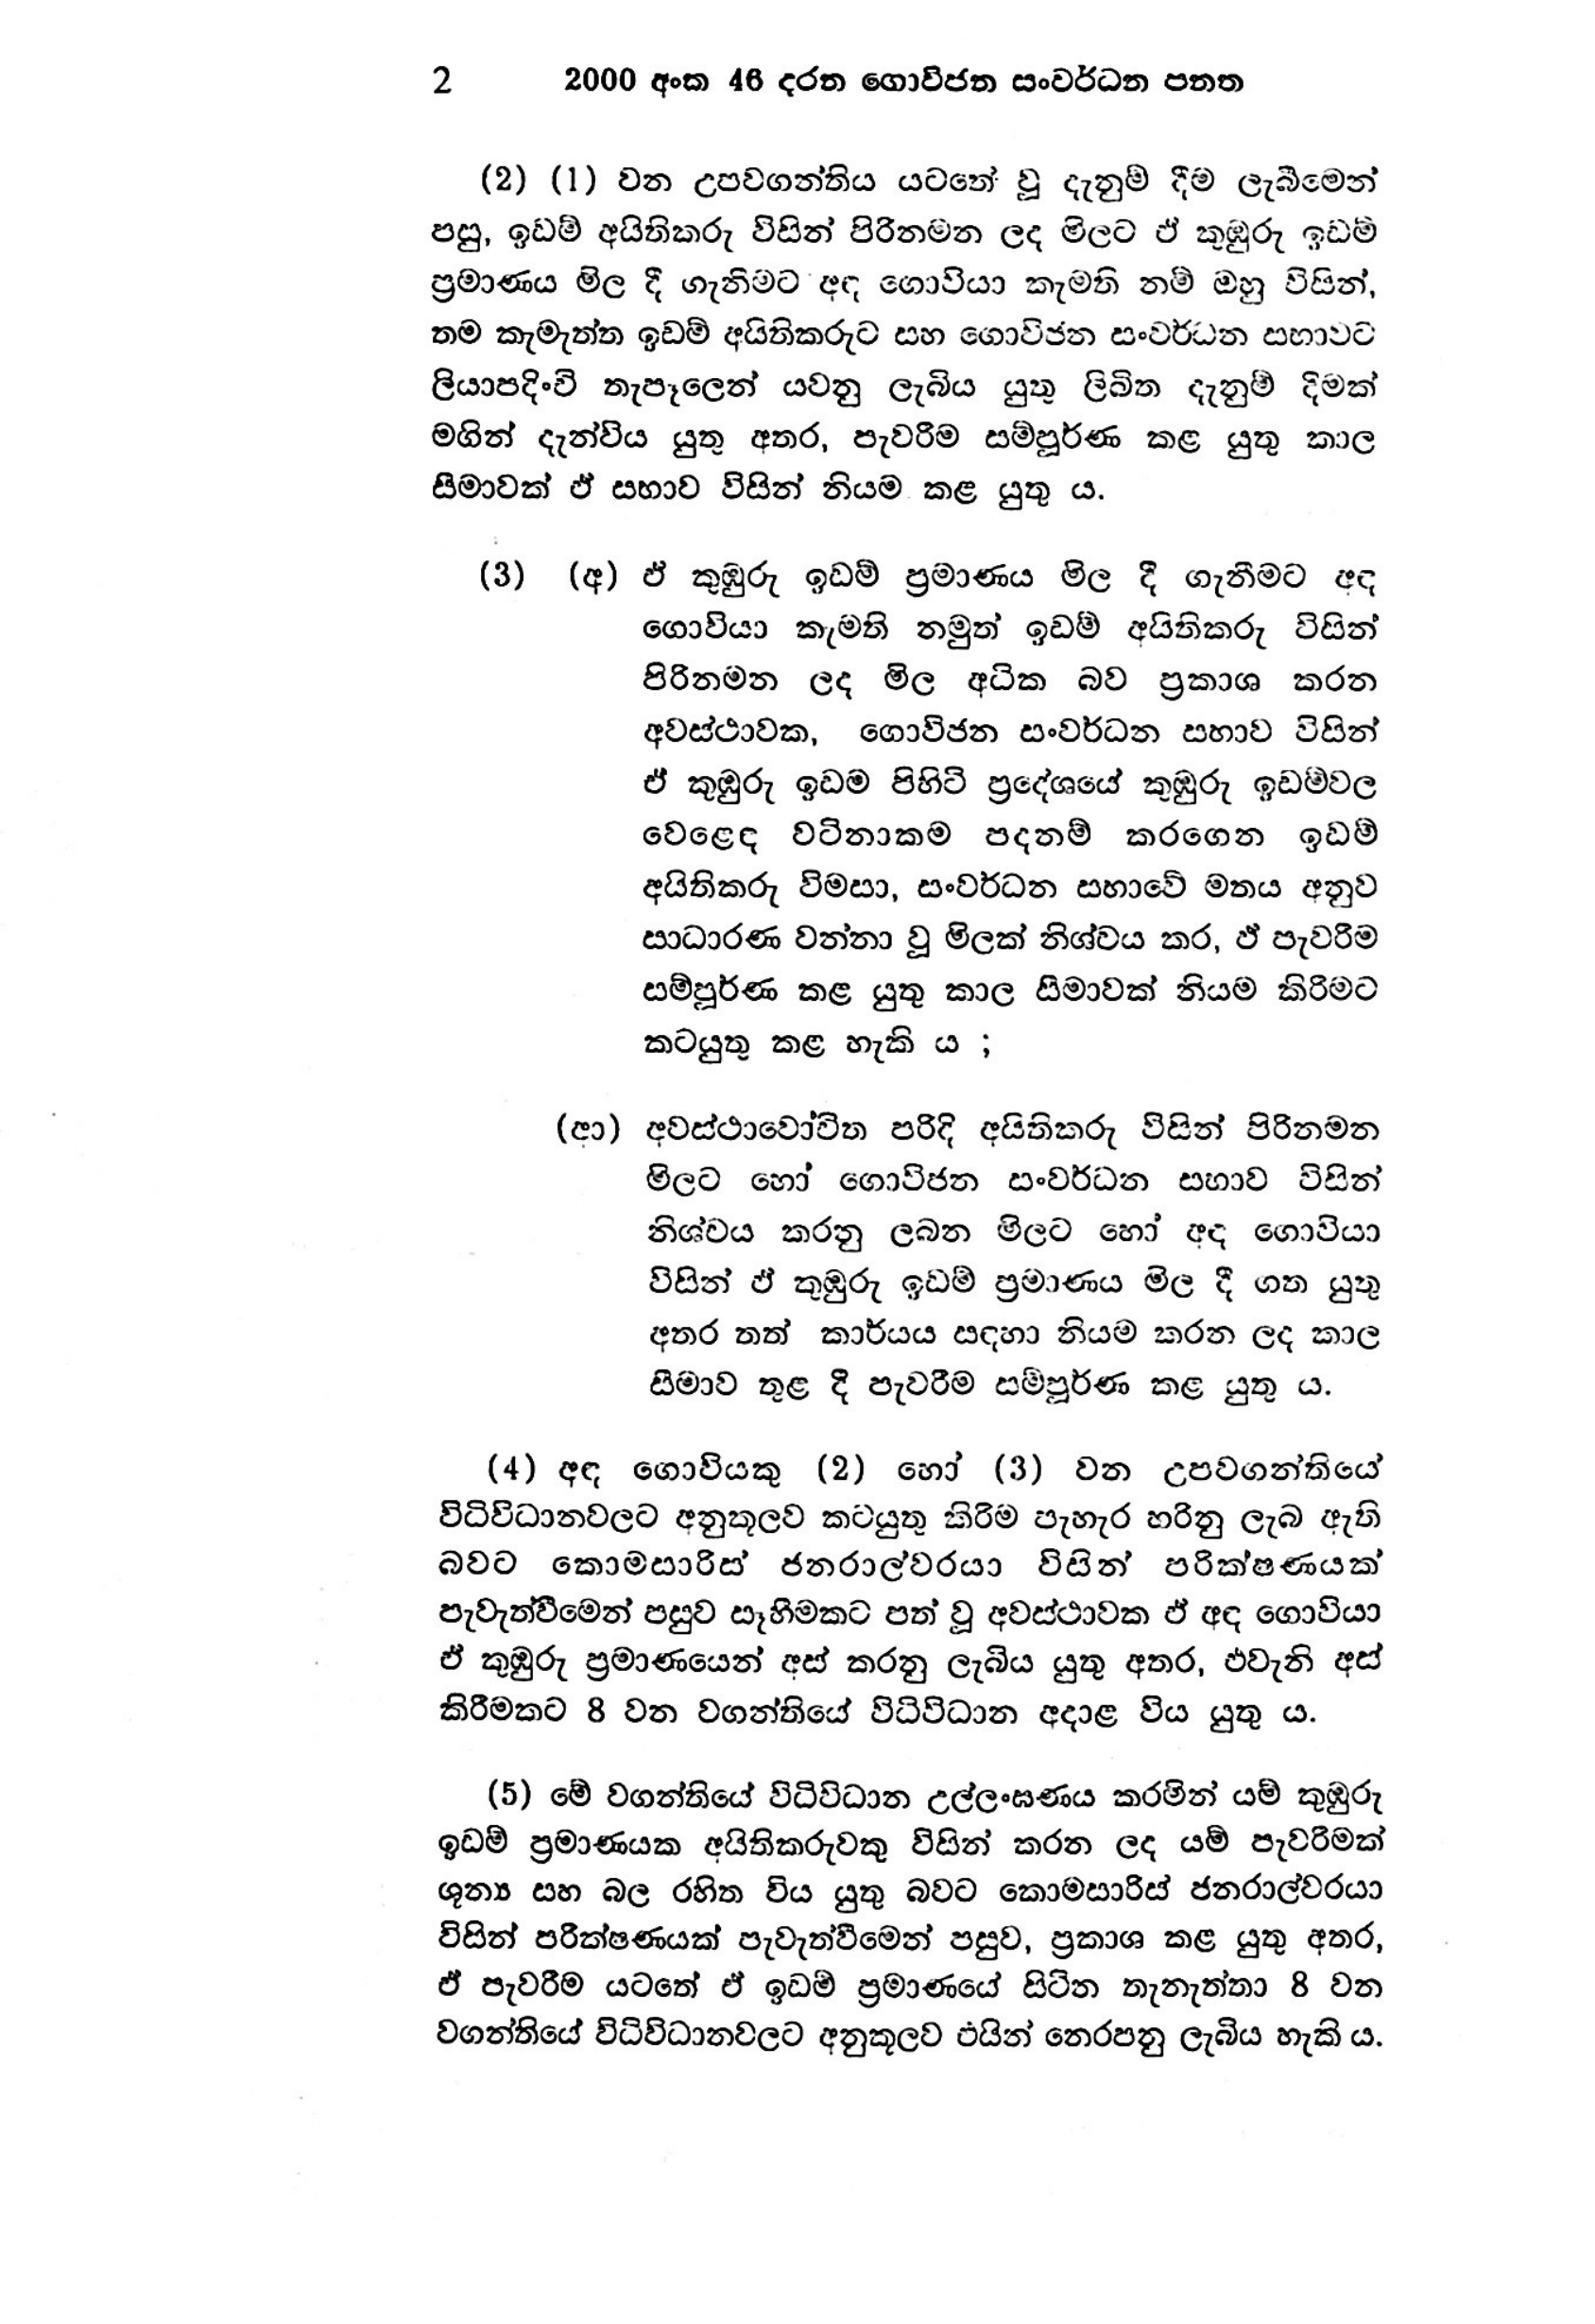
2 2000 අංක 46 දරන ගොවිජන සංවර්ධන පනත

(2) (1) වන උපවගන්තිය යටතේ වූ දැනුම් දීම ලැබීමෙන්
පසු, ඉඩම් අයිතිකරු විසින් පිරිනමන ලද මිලට ඒ කුඹුරු ඉඩම්
ප්‍රමාණය මිල දී ගැනිමට අඳ ගොවියා කැමති නම් ඔහු විසින්,
තම කැමැත්ත ඉඩම් අයිතිකරුට සහ ගොවිජන සංවර්ධන සභාවට
ලියාපදිංචි තැපෑලෙන් යවනු ලැබිය යුතු ලිඛිත දැනුම් දීමක්
මගින් දැන්විය යුතු අතර, පැවරීම සම්පූර්ණ කළ යුතු කාල
සීමාවක් ඒ සභාව විසින් නියම කළ යුතු ය.

(3) (අ) ඵ් කුඹුරු ඉඩම් ප්‍රමාණය මිල දී ගැනීමට අඳ
ගොවියා කැමති නමුත් ඉඩම් අයිතිකරු විසින්
පිරිනමන ලද මිල අධික බව ප්‍රකාශ කරන
අවස්ථාවක, ගොවිජන සංවර්ධන සභාව විසින්
ඒ කුඹුරු ඉඩම පිහිටි ප්‍රදේශයේ කුඹුරු ඉඩම්වල
වෙළෙඳ වටිනාකම පදනම් කරගෙන ඉඩම්
අයිතිකරු විමසා, සංවර්ධන සභාවේ මතය අනුව
සාධාරණ වන්නා වූ මිලක් නිශ්චය කර, ඵ් පැවරීම
සම්පූර්ණ කළ යුතු කාල සීමාවක් නියම කිරිමට
කටයුතු කළ හැකි ය ;

(ආ) අවස්ථාවෝචිත පරිදි අයිතිකරු විසින් පිරිනමන
මිලට හෝ ගොවිජන සංවර්ධන සභාව විසින්
නිශ්චය කරනු ලබන මිලට හෝ අඳ ගොවියා
විසින් ඒ කුඹුරු ඉඩම් ප්‍රමාණය මිල දී ගත යුතු
අතර තත් කාර්යය සඳහා නියම කරන ලද කාල
සීමාව තුළ දී පැවරීම සම්පූර්ණ කළ යුතුය.

(4) අඳ ගොවියකු (2) හෝ (3) වන උපවගන්තියේ
විධිවිධානවලට අනුකූලව කටයුතු කිරීම පැහැර හරිනු ලැබ ඇති
බවට කොමසාරිස් ජනරාල්වරයා විසින් පරික්ෂණයක්
පැවැත්වීමෙන් පසුව සෑහිමකට පත් වූ අවස්ථාවක ඵ් අඳ ගොවියා
ඒ කුඹුරු ප්‍රමාණයෙන් අස් කරනු ලැබිය යුතු අතර, එවැනි අස්
කිරීමකට 8 වන වගන්තියේ විධිවිධාන අදාළ විය යුතු ය.

(5) මේ වගන්තියේ විධිවිධාන උල්ලංඝණය කරමින් යම් කුඹුරු
ඉඩම් ප්‍රමාණයක අයිතිකරුවකු විසින් කරන ලද යම් පැවරීමක්
ශුන්‍ය සහ බල රහිත විය යුතු බවට කොමසාරිස් ජනරාල්වරයා
විසින් පරීක්ෂණයක් පැවැත්වීමෙන් පසුව, ප්‍රකාශ කළ යුතු අතර,
ඒ පැවරීම යටතේ ඒ ඉඩම් ප්‍රමාණයේ සිටින තැනැත්තා 8 වන
වගන්තියේ විධිවිධානවලට අනුකූලට එයින් නෙරපනු ලැබිය හැකි ය.